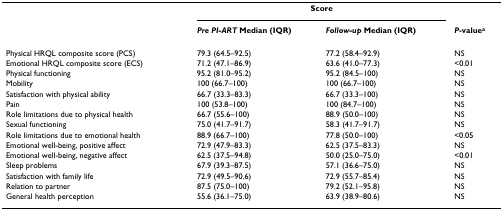
<table><thead><tr><td></td><td colspan="2"><b>Score</b></td><td></td></tr><tr><td></td><td><b><i>Pre PI-ART </i>Median (IQR)</b></td><td><b><i>Follow-up </i>Median (IQR)</b></td><td><b><i>P</i>-value<sup>a</sup></b></td></tr></thead><tbody><tr><td>Physical HRQL composite score (PCS)</td><td>79.3 (64.5–92.5)</td><td>77.2 (58.4–92.9)</td><td>NS</td></tr><tr><td>Emotional HRQL composite score (ECS)</td><td>71.2 (47.1–86.9)</td><td>63.6 (41.0–77.3)</td><td>&lt;0.01</td></tr><tr><td>Physical functioning</td><td>95.2 (81.0–95.2)</td><td>95.2 (84.5–100)</td><td>NS</td></tr><tr><td>Mobility</td><td>100 (66.7–100)</td><td>100 (66.7–100)</td><td>NS</td></tr><tr><td>Satisfaction with physical ability</td><td>66.7 (33.3–83.3)</td><td>66.7 (33.3–100)</td><td>NS</td></tr><tr><td>Pain</td><td>100 (53.8–100)</td><td>100 (84.7–100)</td><td>NS</td></tr><tr><td>Role limitations due to physical health</td><td>66.7 (55.6–100)</td><td>88.9 (50.0–100)</td><td>NS</td></tr><tr><td>Sexual functioning</td><td>75.0 (41.7–91.7)</td><td>58.3 (41.7–91.7)</td><td>NS</td></tr><tr><td>Role limitations due to emotional health</td><td>88.9 (66.7–100)</td><td>77.8 (50.0–100)</td><td>&lt;0.05</td></tr><tr><td>Emotional well-being, positive affect</td><td>72.9 (47.9–83.3)</td><td>62.5 (37.5–83.3)</td><td>NS</td></tr><tr><td>Emotional well-being, negative affect</td><td>62.5 (37.5–94.8)</td><td>50.0 (25.0–75.0)</td><td>&lt;0.01</td></tr><tr><td>Sleep problems</td><td>67.9 (39.3–87.5)</td><td>57.1 (36.6–75.0)</td><td>NS</td></tr><tr><td>Satisfaction with family life</td><td>72.9 (49.5–90.6)</td><td>72.9 (55.7–85.4)</td><td>NS</td></tr><tr><td>Relation to partner</td><td>87.5 (75.0–100)</td><td>79.2 (52.1–95.8)</td><td>NS</td></tr><tr><td>General health perception</td><td>55.6 (36.1–75.0)</td><td>63.9 (38.9–80.6)</td><td>NS</td></tr></tbody></table>